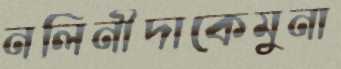
নলিনীদাকেমুনা